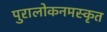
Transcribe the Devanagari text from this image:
पुरालोकनमस्कृत